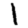
Digit: 1